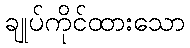
ချုပ်ကိုင်ထားသော